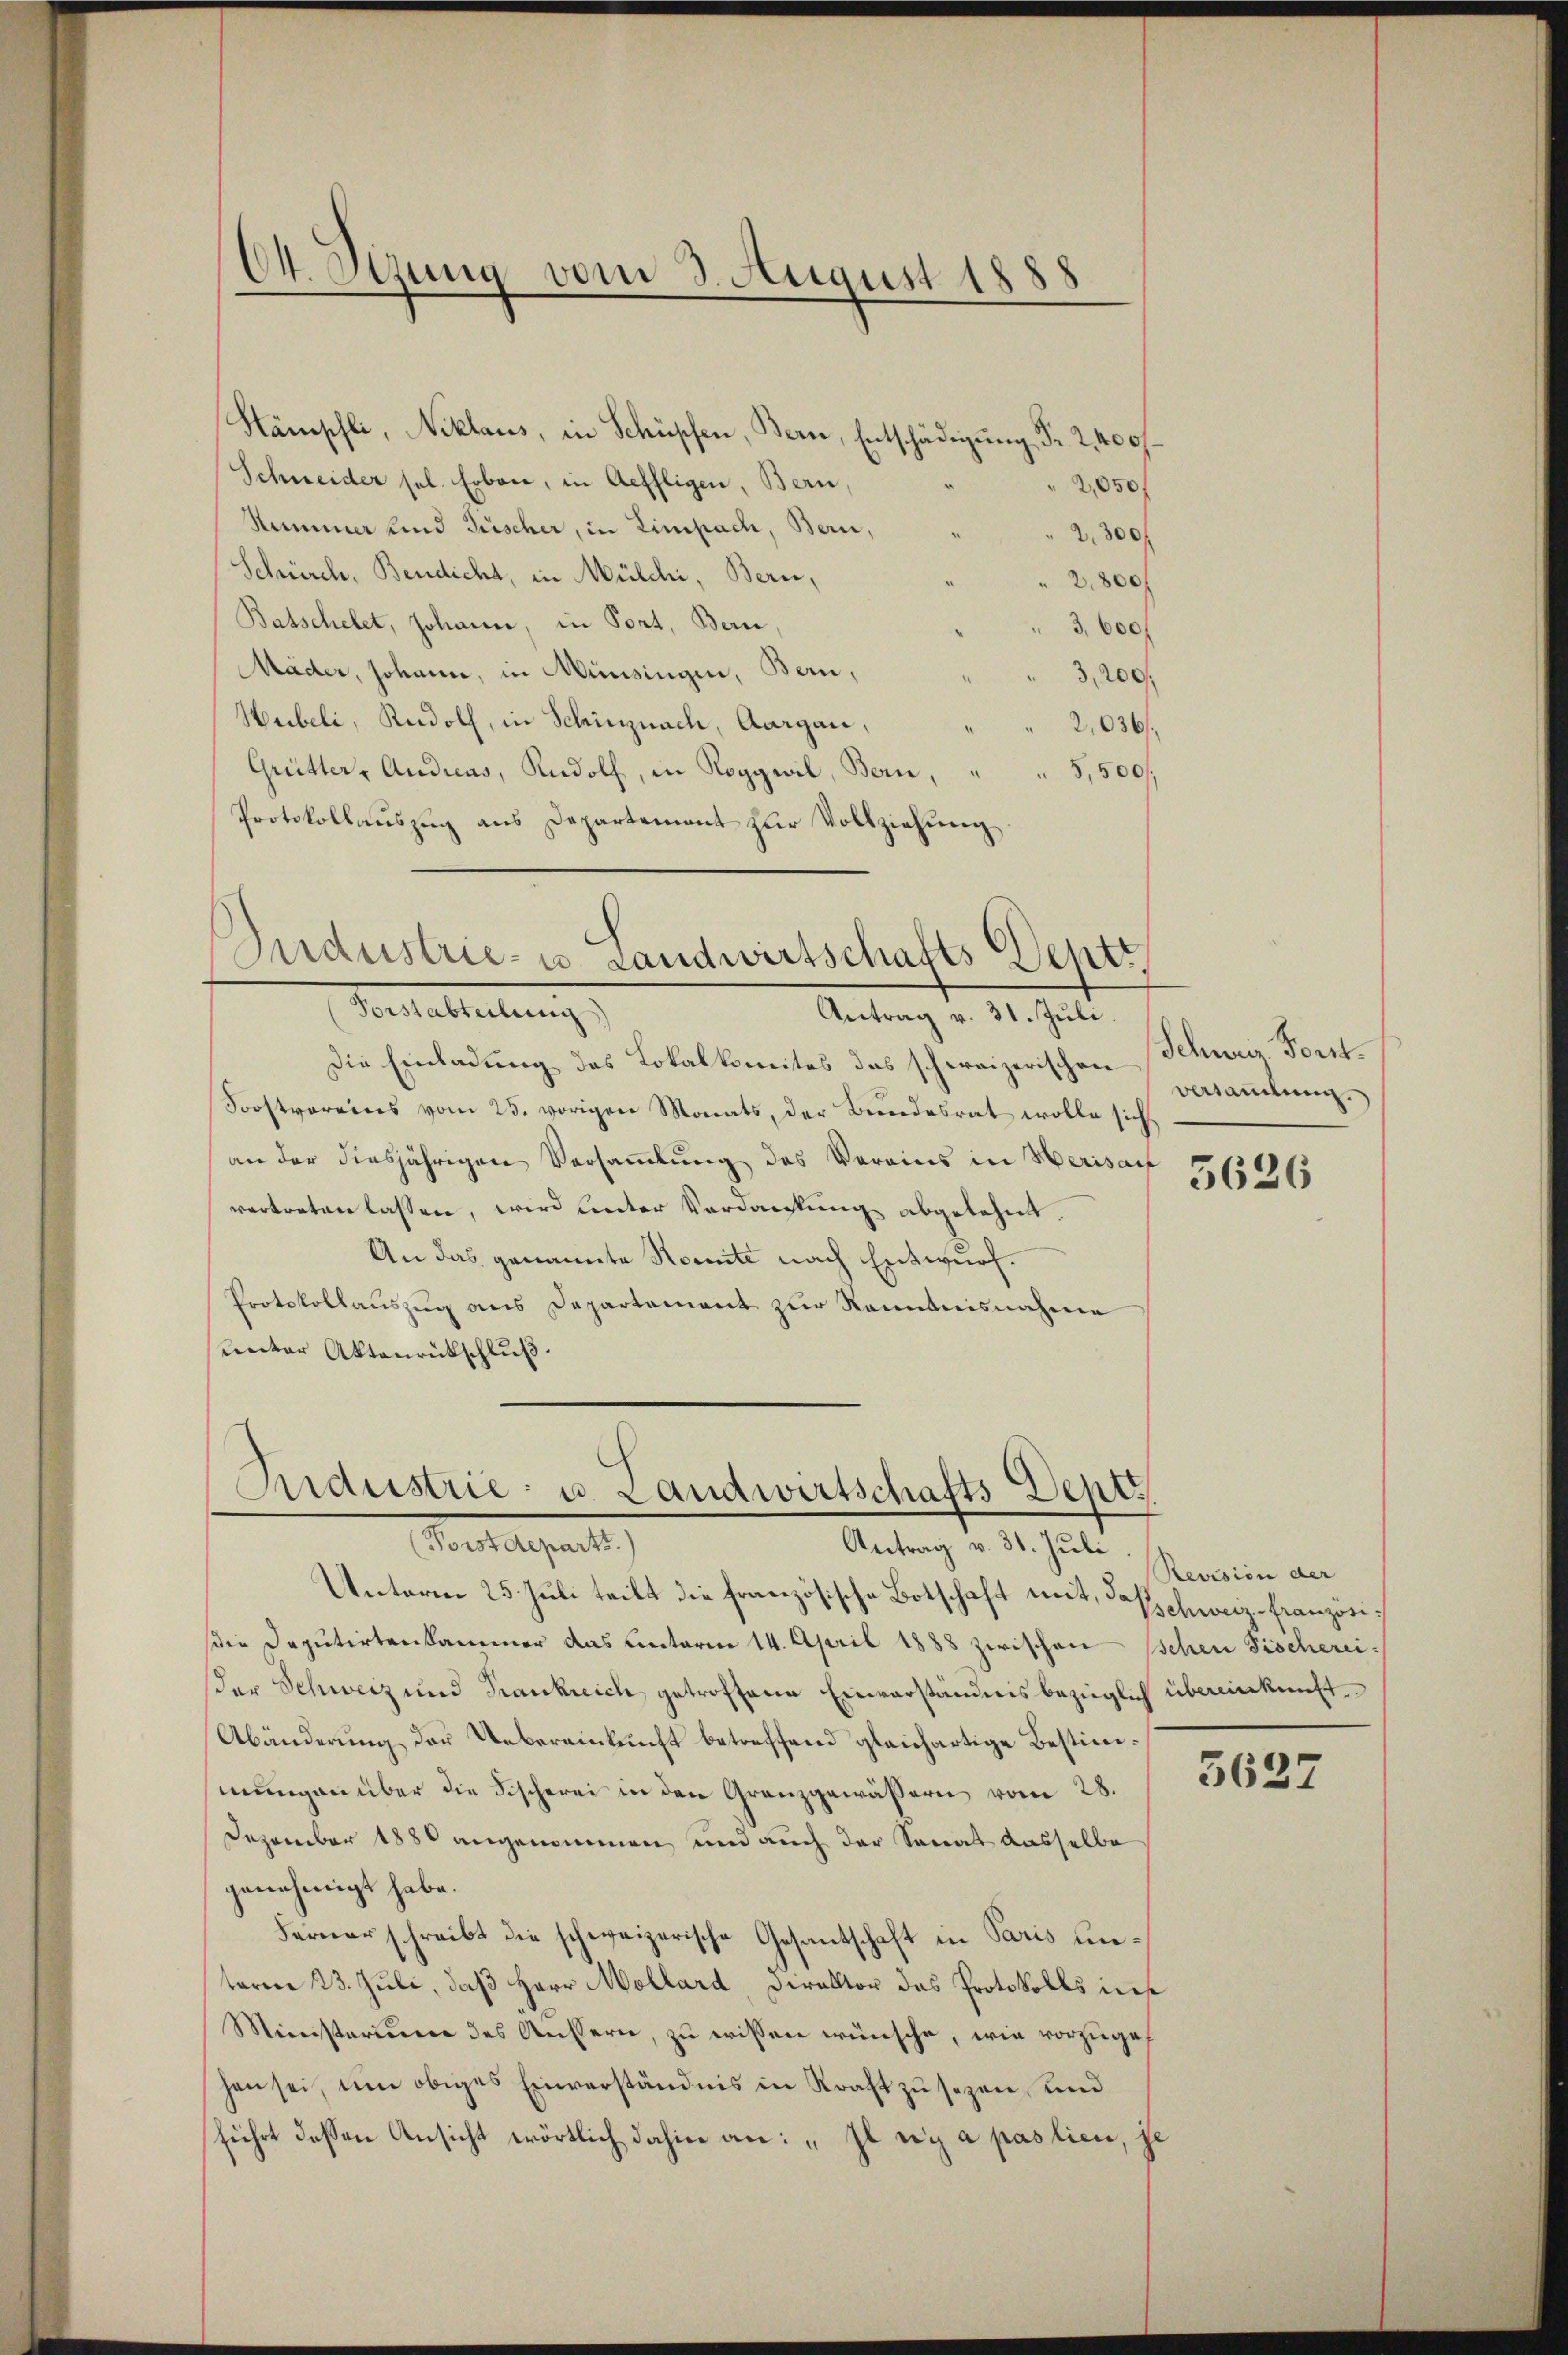
64. Sizung vom 3. August 1888

Hämpfli, Niklaus, in Schüpfen, Bern, Entschädigung Fr. 2,400 f.
Schneider sel. Erbene, in Aeffligen, Bern,
2,050
Stummer und Güscher, in Eimpach, Bern,
2.300 f
Schürch. Bendicht, in Mülchi, Bern,
2,800f
Batschelet, Johann, in Pont, Bern,
3,600 f
Mäder, Johann, in Münsingen, Bern,
3,200
Hubeli, Rudolf, in Schinznach, Aargau,
2,036
Grütter, Audiens, Rudolf, in Roggwil, Berne,
5,500/
Protokollaŭszŭg ans Departement zŭr Vollziehŭng.

Industrie- u. Landwirtschafts Deptr

Forstabteilung
Antrag v. 31. Juli.
Die Einladung des Lokalkomites das schweizerischen
Sorstvereins vom 25. vorigen Monats, der Bundesrat wolle sich
an der diesjährigen Versammlung des Vereins in Herisauf
vertreten lassen, wird unter Verdankung abgelehnt.
An das genannte Komite nach Entwurf.
Protokollauszug aus Departement zur Renntnisnahme
unter Aktenrückschluß.

Andustrie- u. Landwirtschafts Dep
(Forstdeparts.)
Antrag v. 31. Juli

Unterm 25. Juli teilt die französische Botschaft mit, Schweiz-Französi
die Deputirtenkammer das unterm 14. April 1888 zwischen schen Fischereider Schweiz und Frankreich getroffene Einverständnis bezüglich übereinkunft¬
Abänderung der Uebereinkunft betreffend gleichartige Bestimmungen über die Fischerei in den Granzgewässern vom 28.
Dezember 1880 angenommen und auch der Senat dasselbe
genehmigt habe.
Ferner schreibt die schweizerische Gesantschaft in Paris unterm 23. Juli, daß Herr Mollard, Direktor des Protokolls diese
Ministerium des Äussern, zu wissen wünsche, wie vorzugef
hen sei, um obiges Einverständnis in Kraft zu sezen, und
führt dessen Ansicht wörtlich dahin an: „Il y a pas lien, je

Schweiz. Forst.
versammlung.

5626

Revision der

5637